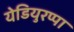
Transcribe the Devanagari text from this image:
येडियुरप्पा